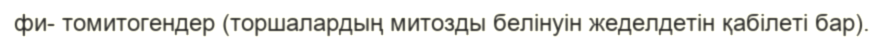
фи- томитогендер (торшалардың митозды белінуін жеделдетін қабілеті бар).